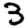
Digit: 3